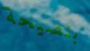
بنصيحة